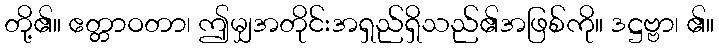
တို့၏။ ဧတ္တာဝတာ၊ ဤမျှအတိုင်းအရှည်ရှိသည်၏အဖြစ်ကို။ ဒဋ္ဌဗ္ဗာ၊ ၏။